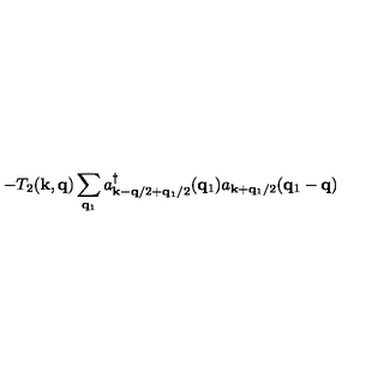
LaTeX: - T _ { 2 } ( { \bf { k } } , { \bf { q } } ) \sum _ { { \bf { q } } _ { 1 } } a _ { { \bf { k } } - { \bf { q } } / 2 + { \bf { q } } _ { 1 } / 2 } ^ { \dagger } ( { \bf { q } } _ { 1 } ) a _ { { \bf { k } } + { \bf { q } } _ { 1 } / 2 } ( { \bf { q } } _ { 1 } - { \bf { q } } )